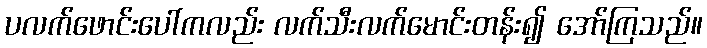
ပလက်ဖောင်းပေါ်ကလည်း လက်သီးလက်မောင်းတန်း၍ အော်ကြသည်။